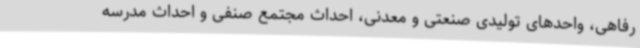
رفاهی، واحدهای تولیدی صنعتی و معدنی، احداث مجتمع صنفی و احداث مدرسه